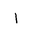
Letter: _alif